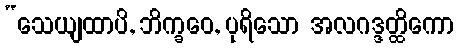
“သေယျထာပိ, ဘိက္ခဝေ, ပုရိသော အလဂဒ္ဒတ္ထိကော